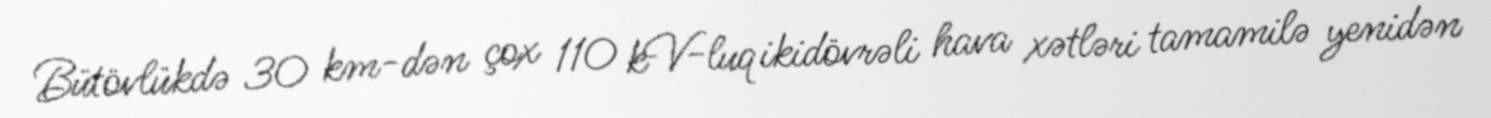
Bütövlükdə 30 km-dən çox 110 kV-luq ikidövrəli hava xətləri tamamilə yenidən